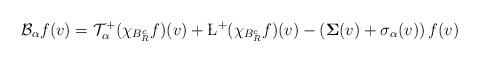
LaTeX: \begin{align*} \mathcal{B}_{\alpha}f(v) = \mathcal{T}^{+}_{\alpha}(\chi_{B_R^{c}}f)(v) + \L^{+}(\chi_{B_{R}^{c}}f)(v) -\left(\mathbf{\Sigma}(v) + \sigma_{\alpha}(v)\right)f(v)\end{align*}